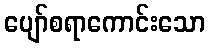
ပျော်စရာကောင်းသော